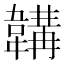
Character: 韝